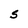
Character: S